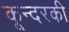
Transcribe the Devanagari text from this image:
कून्दरकी